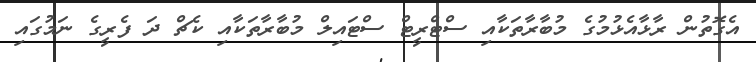
އެގޮތުން ރާޅާއެޅުމުގެ މުބާރާތަކާއި ސްޓްރީޓް ސްޓައިލް މުބާރާތަކާއި ކެޗް ދަ ފެރީގެ ނަމުގައި